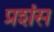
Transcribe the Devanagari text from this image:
प्रशंस